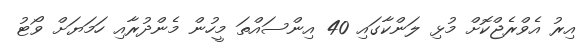
އިރު އެވްރެޖްކޮށް މުޅި ލަންކާގައި 40 އިންސައްތަ މީހުން މެންދުރާއި ހަމަޔަށް ވޯޓު